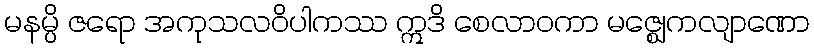
မနမ္ပိ ဇရော အကုသလဝိပါကဿ ဣဒိ စေလာဝကာ မဇ္ဈေကလျာဏော